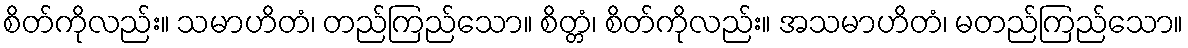
စိတ်ကိုလည်း။ သမာဟိတံ၊ တည်ကြည်သော။ စိတ္တံ၊ စိတ်ကိုလည်း။ အသမာဟိတံ၊ မတည်ကြည်သော။